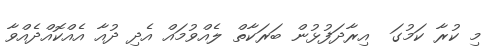
މި ކުރާ ކަމުގަ  އިރާދަފުޅުން ބަރަކާތް ލެއްވުމައް އެދި ދުއާ އެއްކޮއްދެއްވާ